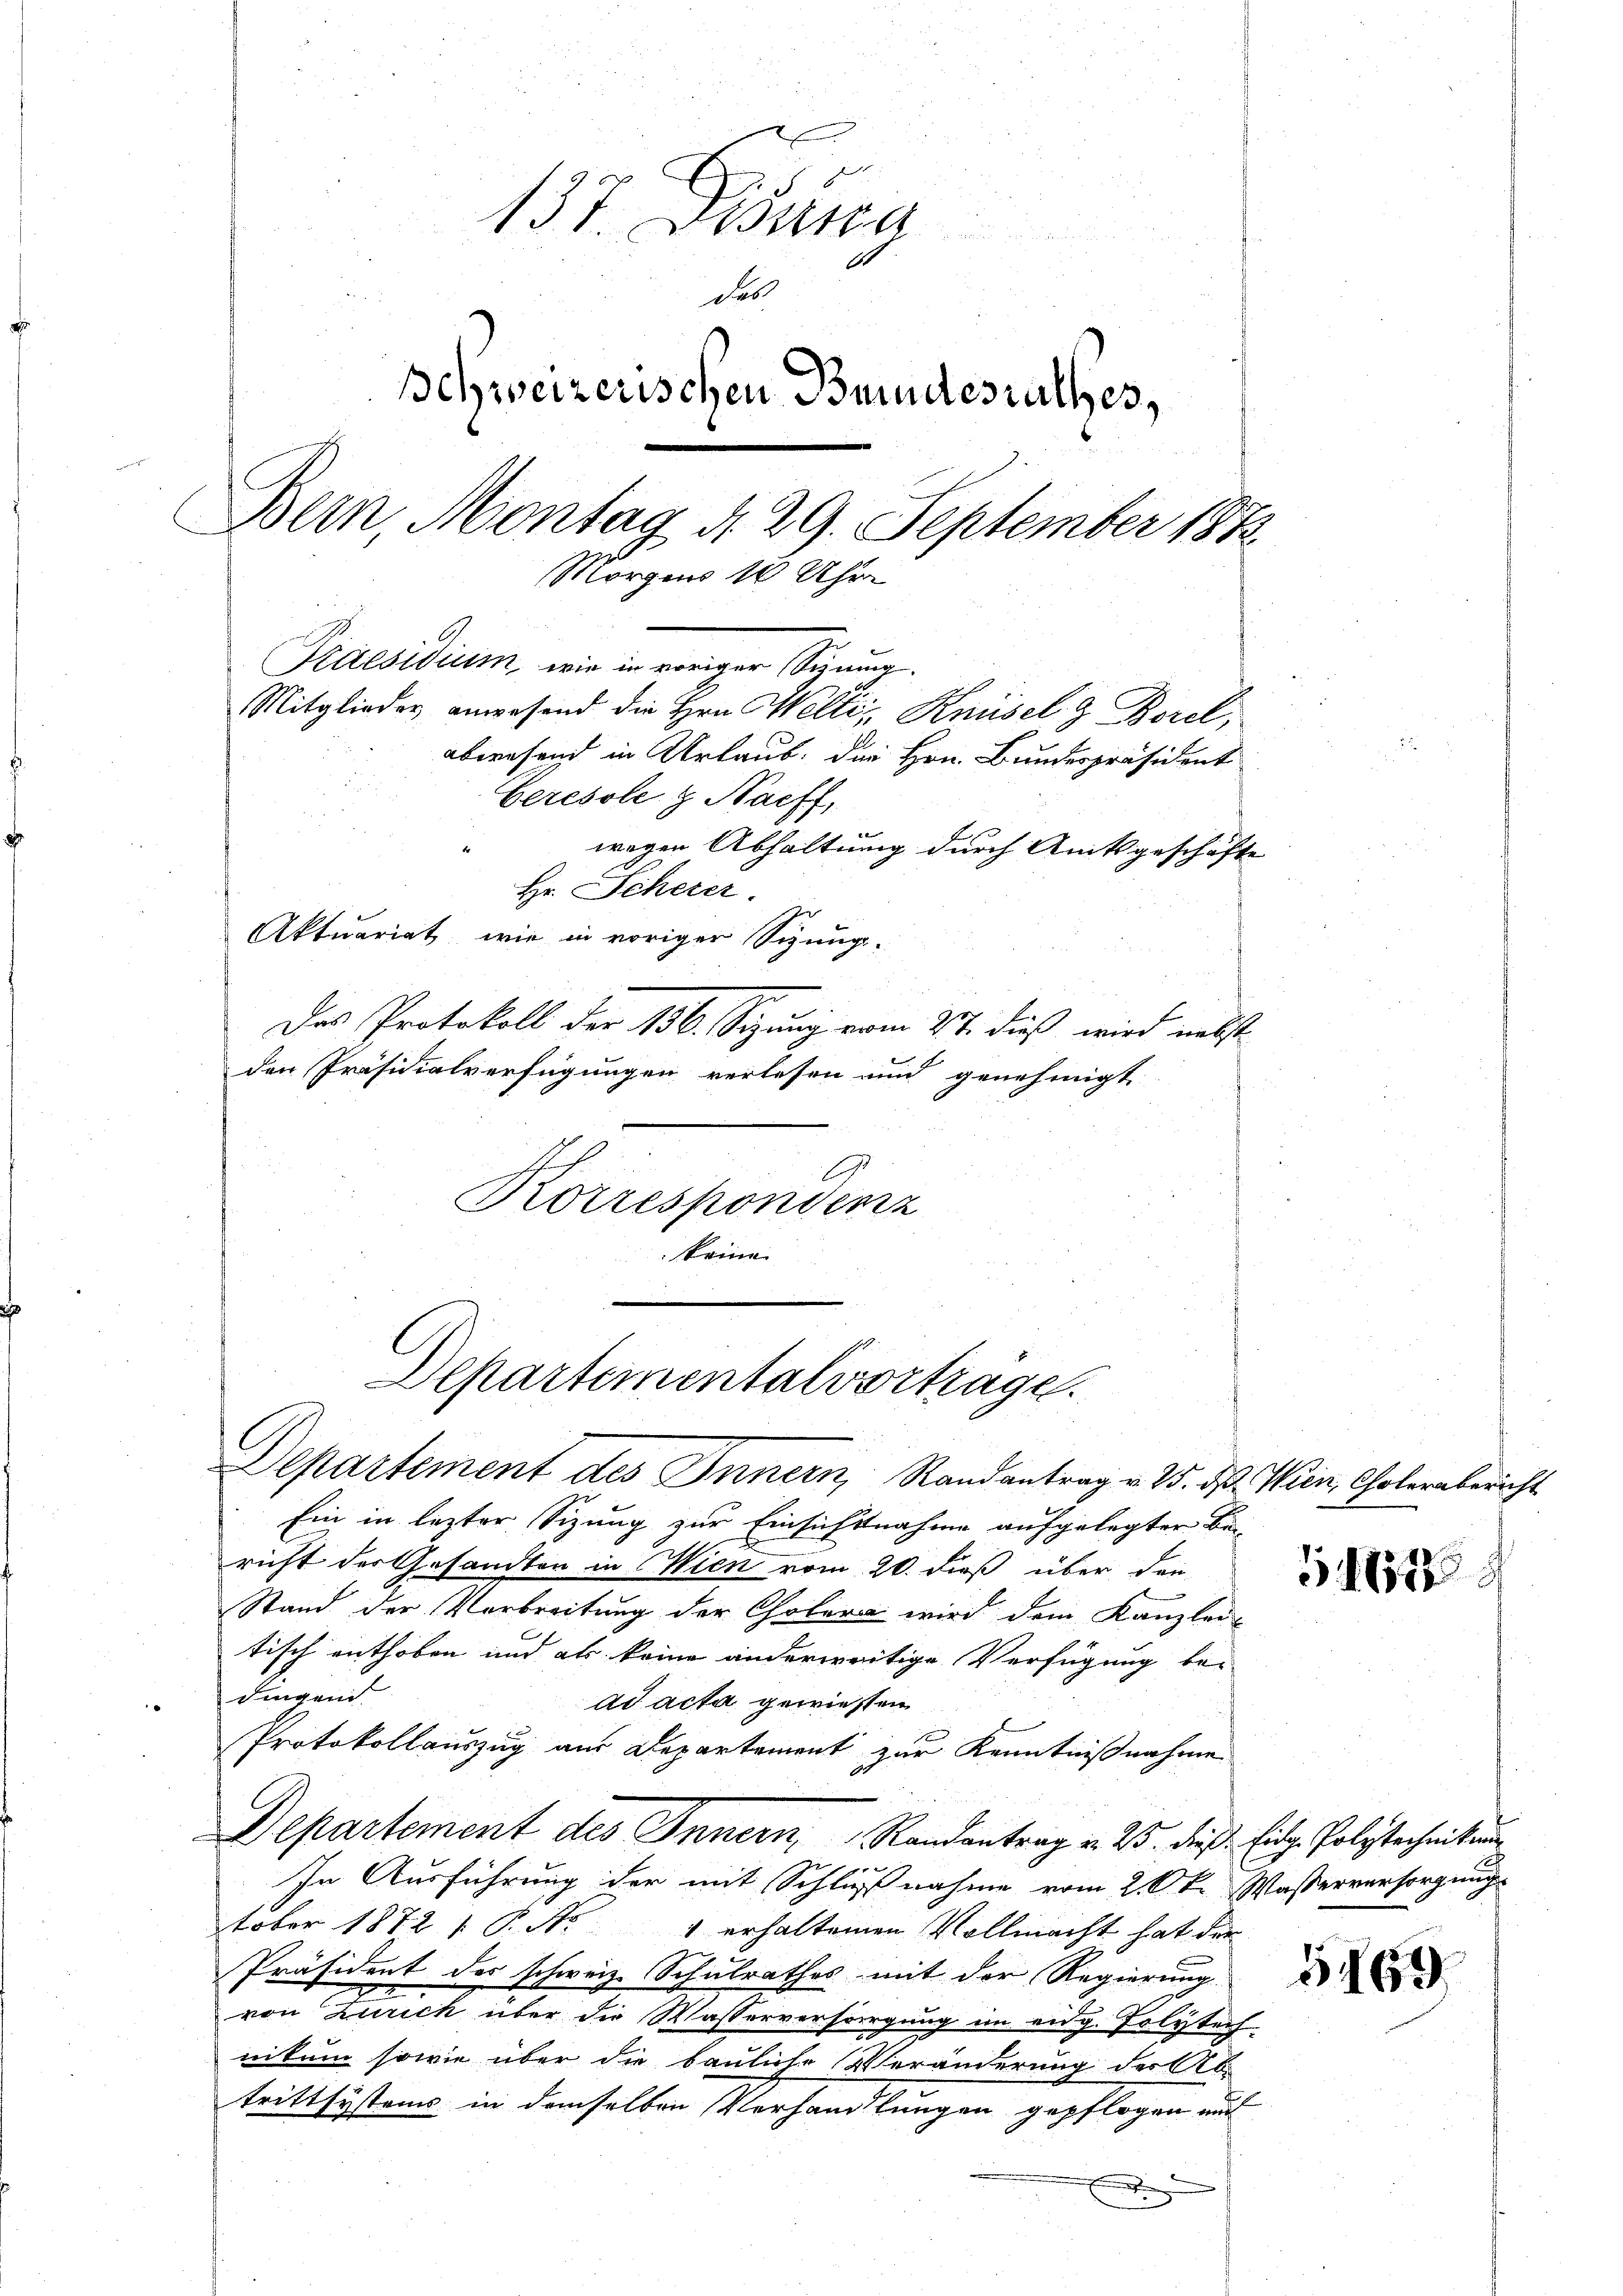
137. Mäng
.
das
schweizerischen Bundesrathes,
Bern, Montag d. 29. September 1872
Morgens 10 Uhre
Mitglieder anwesend die Hrn. Welti, Knüsel & Borel,
abwesend in Urlaub. Der Hrn. Bundespräsident
Ceresole & Saeff,
wegen Abhaltung durch Amtsgeschäfte
Hr. Scherer.
Aktuariat, wie in voriger Sizungs-
Das Protokoll der 156. Sizung vom 21. dieß wird nebst
den Präsidialverfügungen verlesen und genehmigt
A
Korrespondenz
keine

Departementalverträge.

Praesidium, wie der voriger Sinung.

Departement des Innern Randantrag v. 15. dβ. Wien, Cholerabericht
Ein in lezter Sizung zur Einsichtnahme aufgelegter Be-
richt der Gesandten in Wien vom 20. dieß über den
Stand der Verbreitung der Cholera wird dem Kanzlei-
tisch enthoben und als keine anderweitige Verfügung be-
Dingend
ad acta gewiesen
Protokollauszug aus Departement zur Kenntnißnahme
Departement des Innern, Randantrag v. 2. dieß. Eidg. Polytechnikung
e
In Ausführung der mit Schlußnahme vom 2. Okt. Wasserversorgung
tober 1872 1 P. Nr. 1 erhaltenen Vollmacht hat der
Präsident des schweiz. Schulrathes mit der Regierung
von Zürich über die Wasserversorgung im eidg. Polytech
nikum sowie über die bauliche Veränderung der Ab-
trittsystems in demselben Verhandlungen gepflogen und
x

51651

5169.